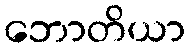
ဘောတိယာ